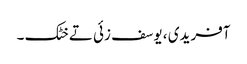
آفریدی ، یوسف زئی تے خٹک ۔